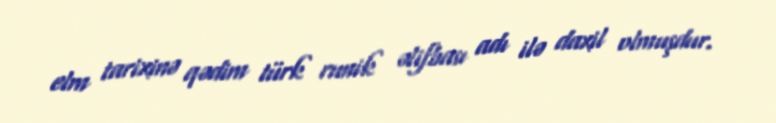
elm tarixinə qədim türk runik əlifbası adı ilə daxil olmuşdur.